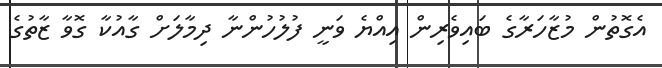
އެގޮތުން މުޒާހަރާގެ ބައިވެރިން އިއްޔެ ވަނީ ފުލުހުންނާ ދިމާލަށް ގާއުކާ ގޮވާ ޒާތުގެ